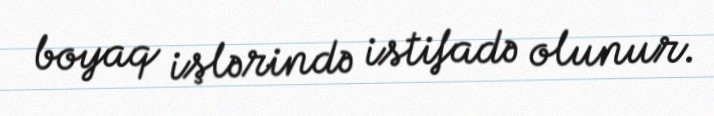
boyaq işlərində istifadə olunur.